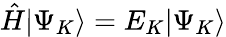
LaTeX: \hat{H}|\Psi_{K}\rangle=E_{K}|\Psi_{K}\rangle